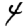
Digit: 4